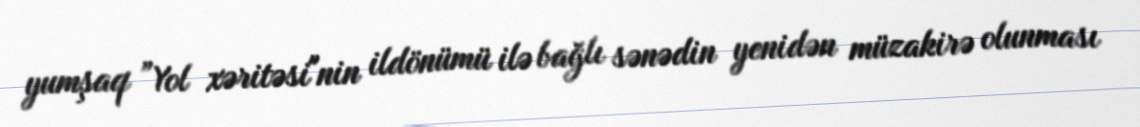
yumşaq ”Yol xəritəsi"nin ildönümü ilə bağlı sənədin yenidən müzakirə olunması